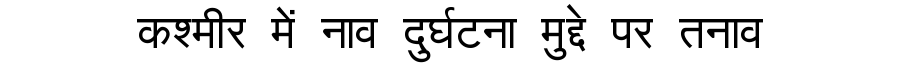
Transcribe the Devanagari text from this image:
कश्मीर में नाव दुर्घटना मुद्दे पर तनाव